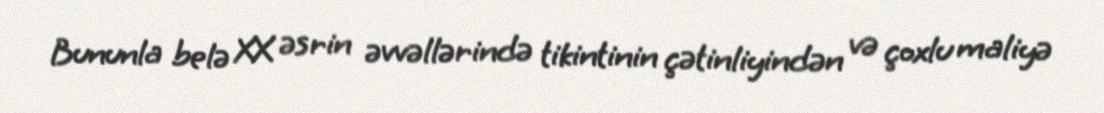
Bununla belə XX əsrin əvvəllərində tikintinin çətinliyindən və çoxlu maliyə